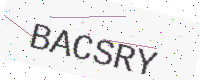
Text: BACSRY